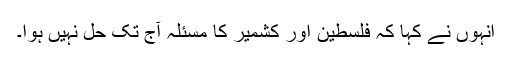
انہوں نے کہا کہ فلسطین اور کشمیر کا مسئلہ آج تک حل نہیں ہوا۔